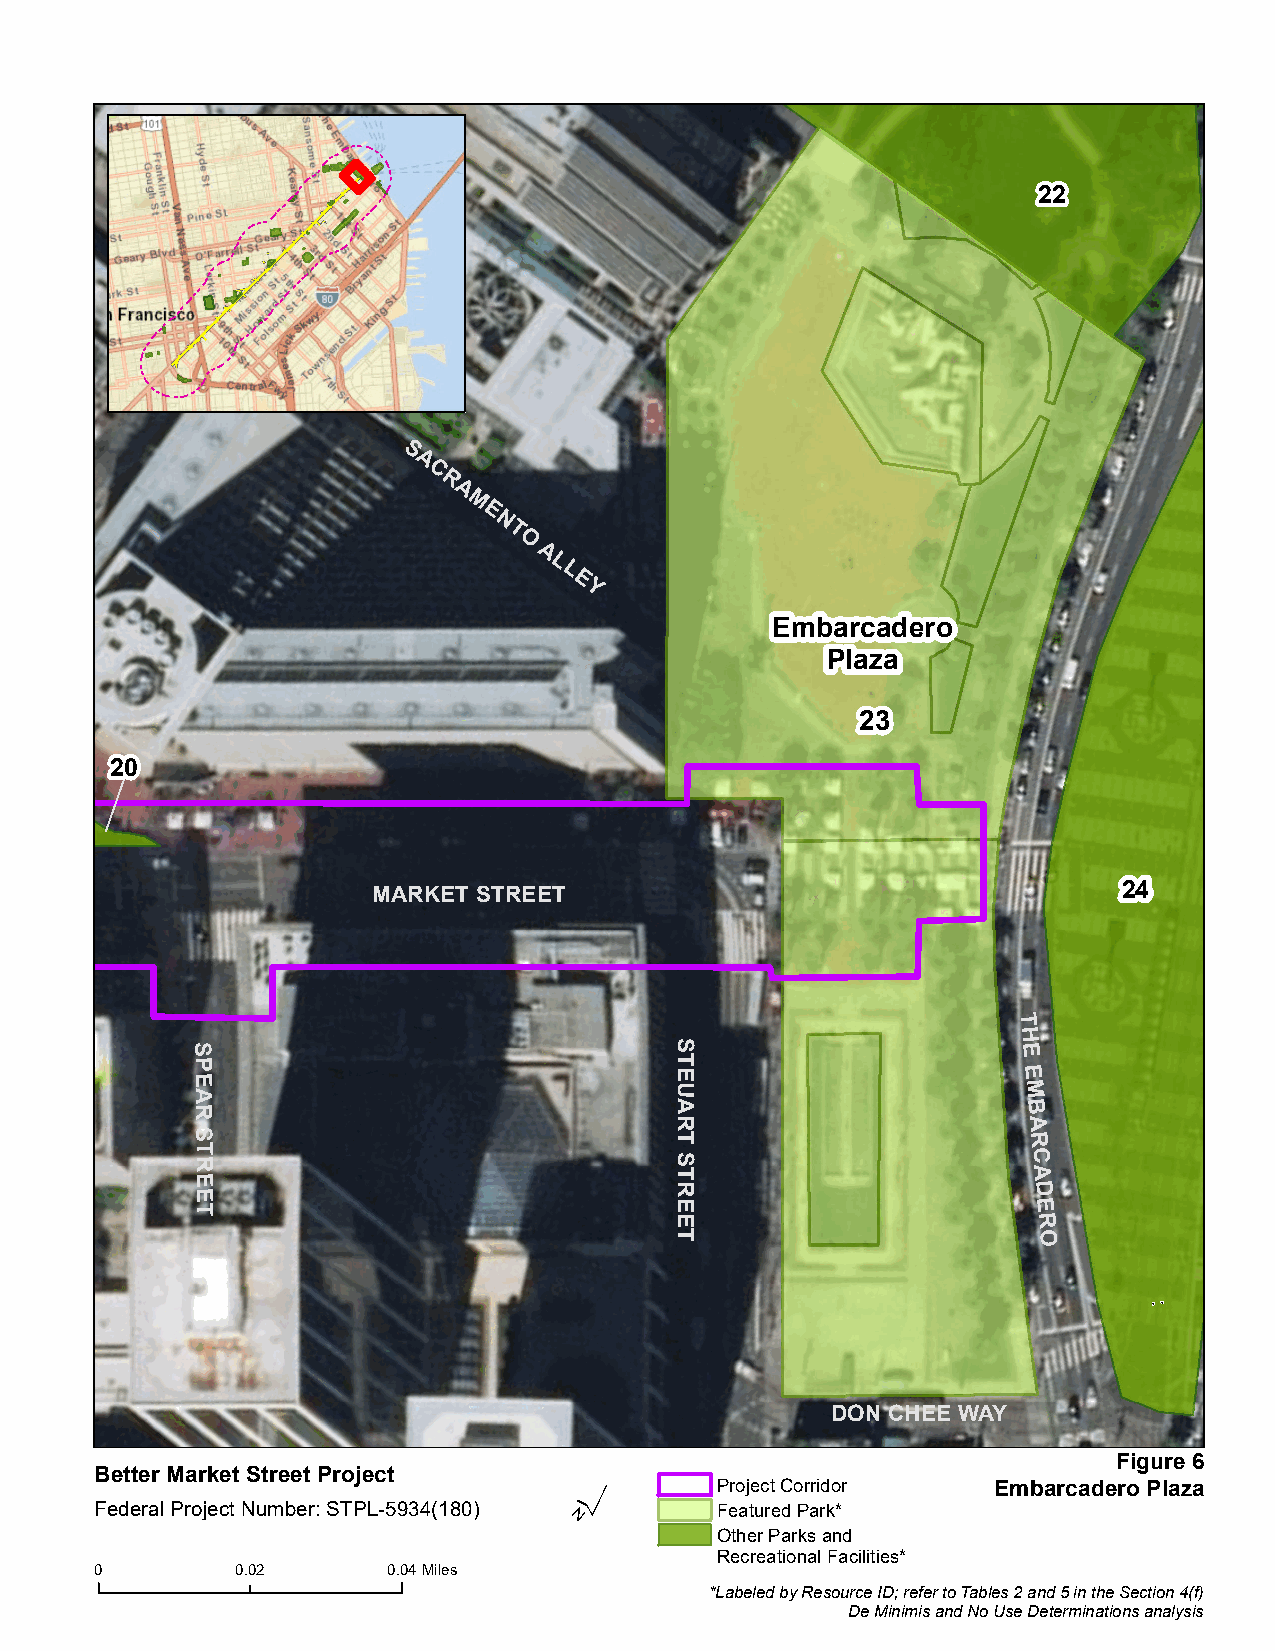
17
 19
 22
 Ferry Park
 S
 A
 C
 R
 A
 M
 E
 N
 T
 O
 A
 L
 L
 E
 Y
 Embarcadero
 Plaza
 23
 20
 MARKET STREET                                    24
 T
 H                         Harry Bridges
 S                               S                      E
 P                               T                                                 Plaza / Ferry
 E                      E
 E
 U                      M
 A                                                                               Building Square
 R                               A                      B
 R                       A
 S                               T                       R
 T
 R                               S                       C
 E                               T                       A
 R                       D
 E
 T                               E                       E
 E                       R
 T                       O
 1919
 DON CHEE WAY
 Figure 6
 Better Market Street Project
 ´         Project Corridor   Embarcadero Plaza
 Federal Project Number: STPL-5934(180)   Featured Park*
 Other Parks and
 Recreational Facilities*
 0         0.02      0.04Miles
 *Labeled by Resource ID; refer to Tables 2 and 5 in the Section 4(f)
 De Minimis and No Use Determinations analysis